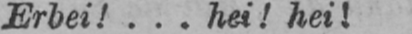
Erbei!... hei! hei!